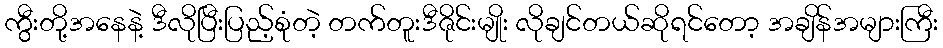
ကွီးတို့အနေနဲ့ ဒီလိုပြီးပြည့်စုံတဲ့ တက်တူးဒီဇိုင်းမျိုး လိုချင်တယ်ဆိုရင်တော့ အချိန်အများကြီး